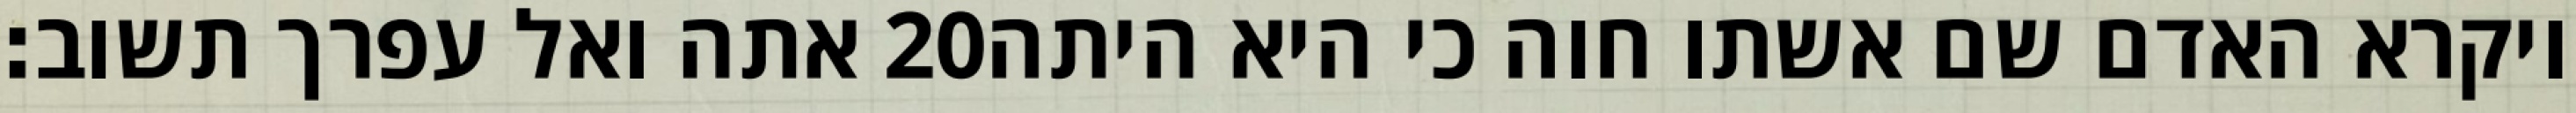
אתה ואל עפרך תשוב׃ ‎20‏ ויקרא האדם שם אשתו חוה כי היא היתה